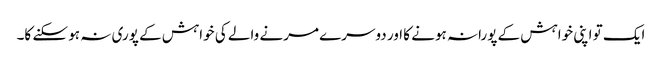
ایک تو اپنی خواہش کے پورانہ ہونے کا اور دوسرے مرنے والے کی خواہش کے پوری نہ ہو سکنے کا۔